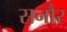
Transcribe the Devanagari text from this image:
सनौर